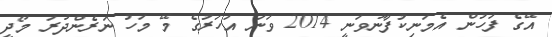
އޭގެ ފަހުން އެމަނިކުފާނުވަނީ 2014 ވަނަ އަހަރުގެ މޭ މަހު ނަރެންދުރަ މޯދީ